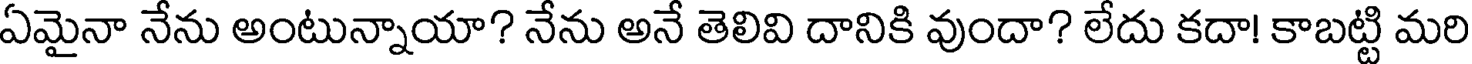
ఏమైనా నేను అంటున్నాయా? నేను అనే తెలివి దానికి వుందా? లేదు కదా! కాబట్టి మరి